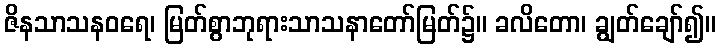
ဇိနသာသနဝရေ၊ မြတ်စွာဘုရားသာသနာတော်မြတ်၌။ ခလိတော၊ ချွတ်ချော်၍။